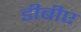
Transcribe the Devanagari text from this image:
डीबीए